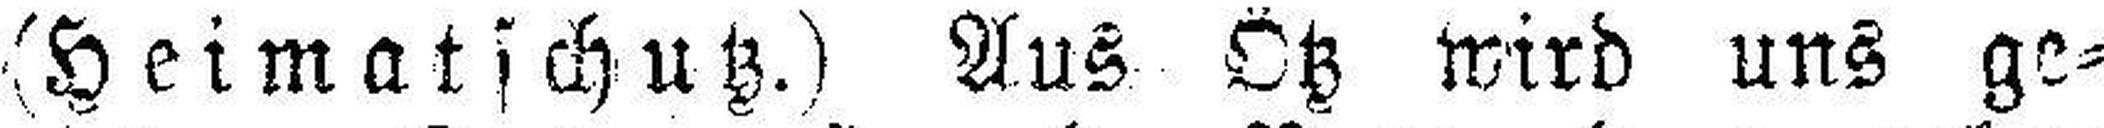
(Heimatschutz.) Aus Ötz wird uns ge¬